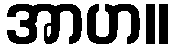
အာဟ။